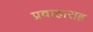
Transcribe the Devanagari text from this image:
प्रवाहासह